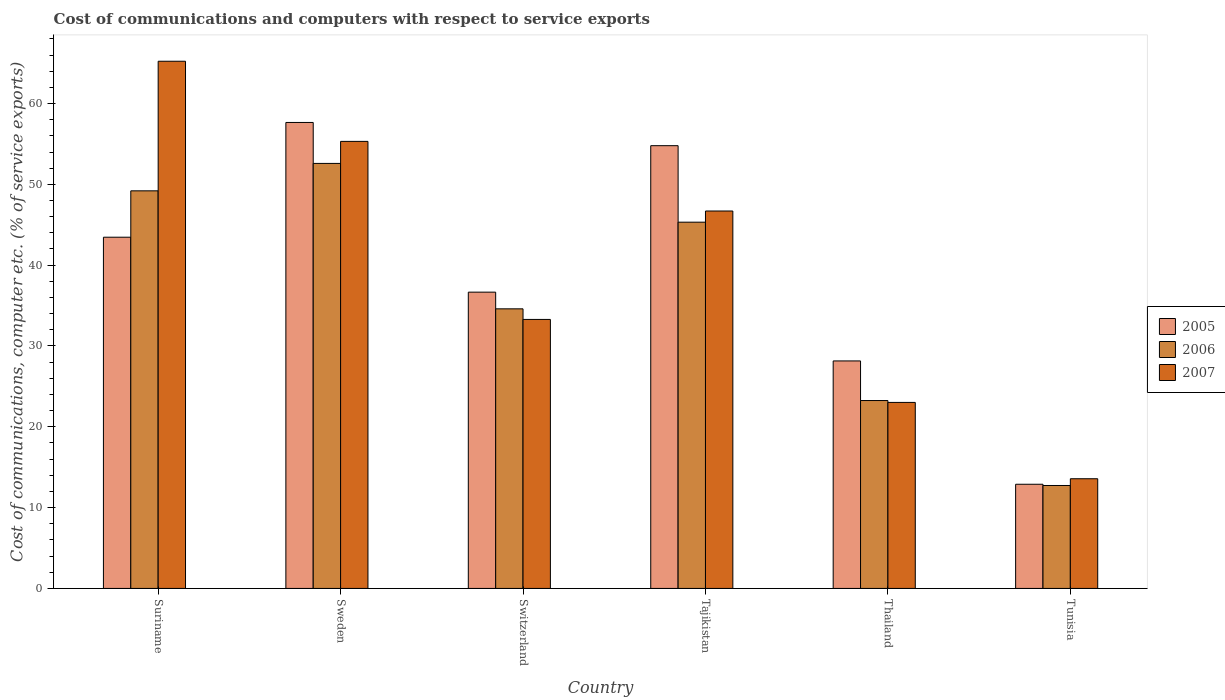
| Country | 2005 | 2006 | 2007 |
 | --- | --- | --- | --- |
 | Suriname | 43.5 | 49.2 | 65.2 |
 | Sweden | 57.7 | 52.6 | 55.3 |
 | Switzerland | 36.7 | 34.6 | 33.3 |
 | Tajikistan | 54.8 | 45.3 | 46.7 |
 | Thailand | 28.1 | 23.2 | 23 |
 | Tunisia | 12.9 | 12.7 | 13.6 |